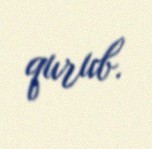
qurub.